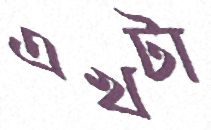
এখটা